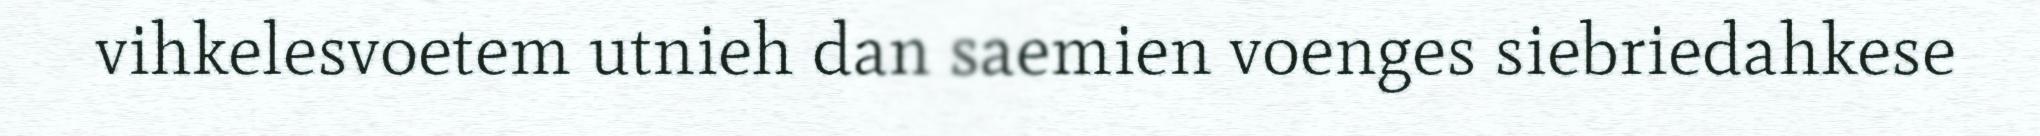
vihkelesvoetem utnieh dan saemien voenges siebriedahkese